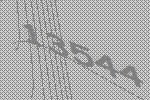
13544